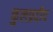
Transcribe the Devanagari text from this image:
कुलप्रदीप